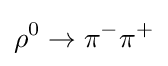
\rho ^{0}\to \pi ^{-}\pi ^{+}